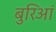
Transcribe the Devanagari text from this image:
बुरिआं